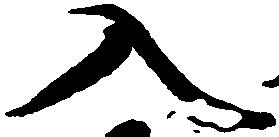
入